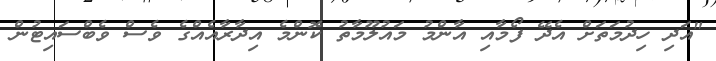
"އަދި ހިދުމަތަށް އެދޭ ފޯމާއި އާންމު މައުލޫމާތު ކޮންމެ އިދާރާއެއްގެ ވެސް ވެބްސައިޓުން